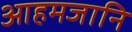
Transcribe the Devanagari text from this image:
आहमजानि